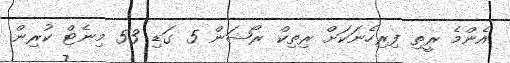
އެންމެ ރީތި ފިރިހެނަކަށް ރިތިކް ރޯޝަން 5 ގަޑި 53 މިނެޓް ކުރިން